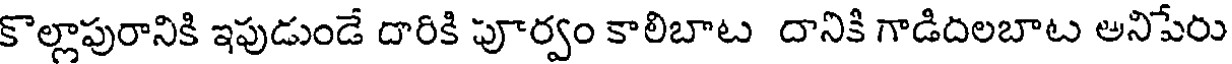
కొల్లాపురానికి ఇపుడుండే దారికి పూర్వం కాలిబాట దానికి గాడిదలబాట అనిపేరు